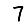
Digit: 7